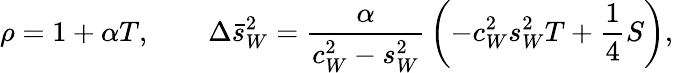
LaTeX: \rho=1+\alpha T,\qquad\Delta\bar{s}_{W}^{2}={\frac{\alpha}{c_{W}^{2}-s_{W}^{2}}}\left(-c_{W}^{2}s_{W}^{2}T+{\frac{1}{4}}S\right),